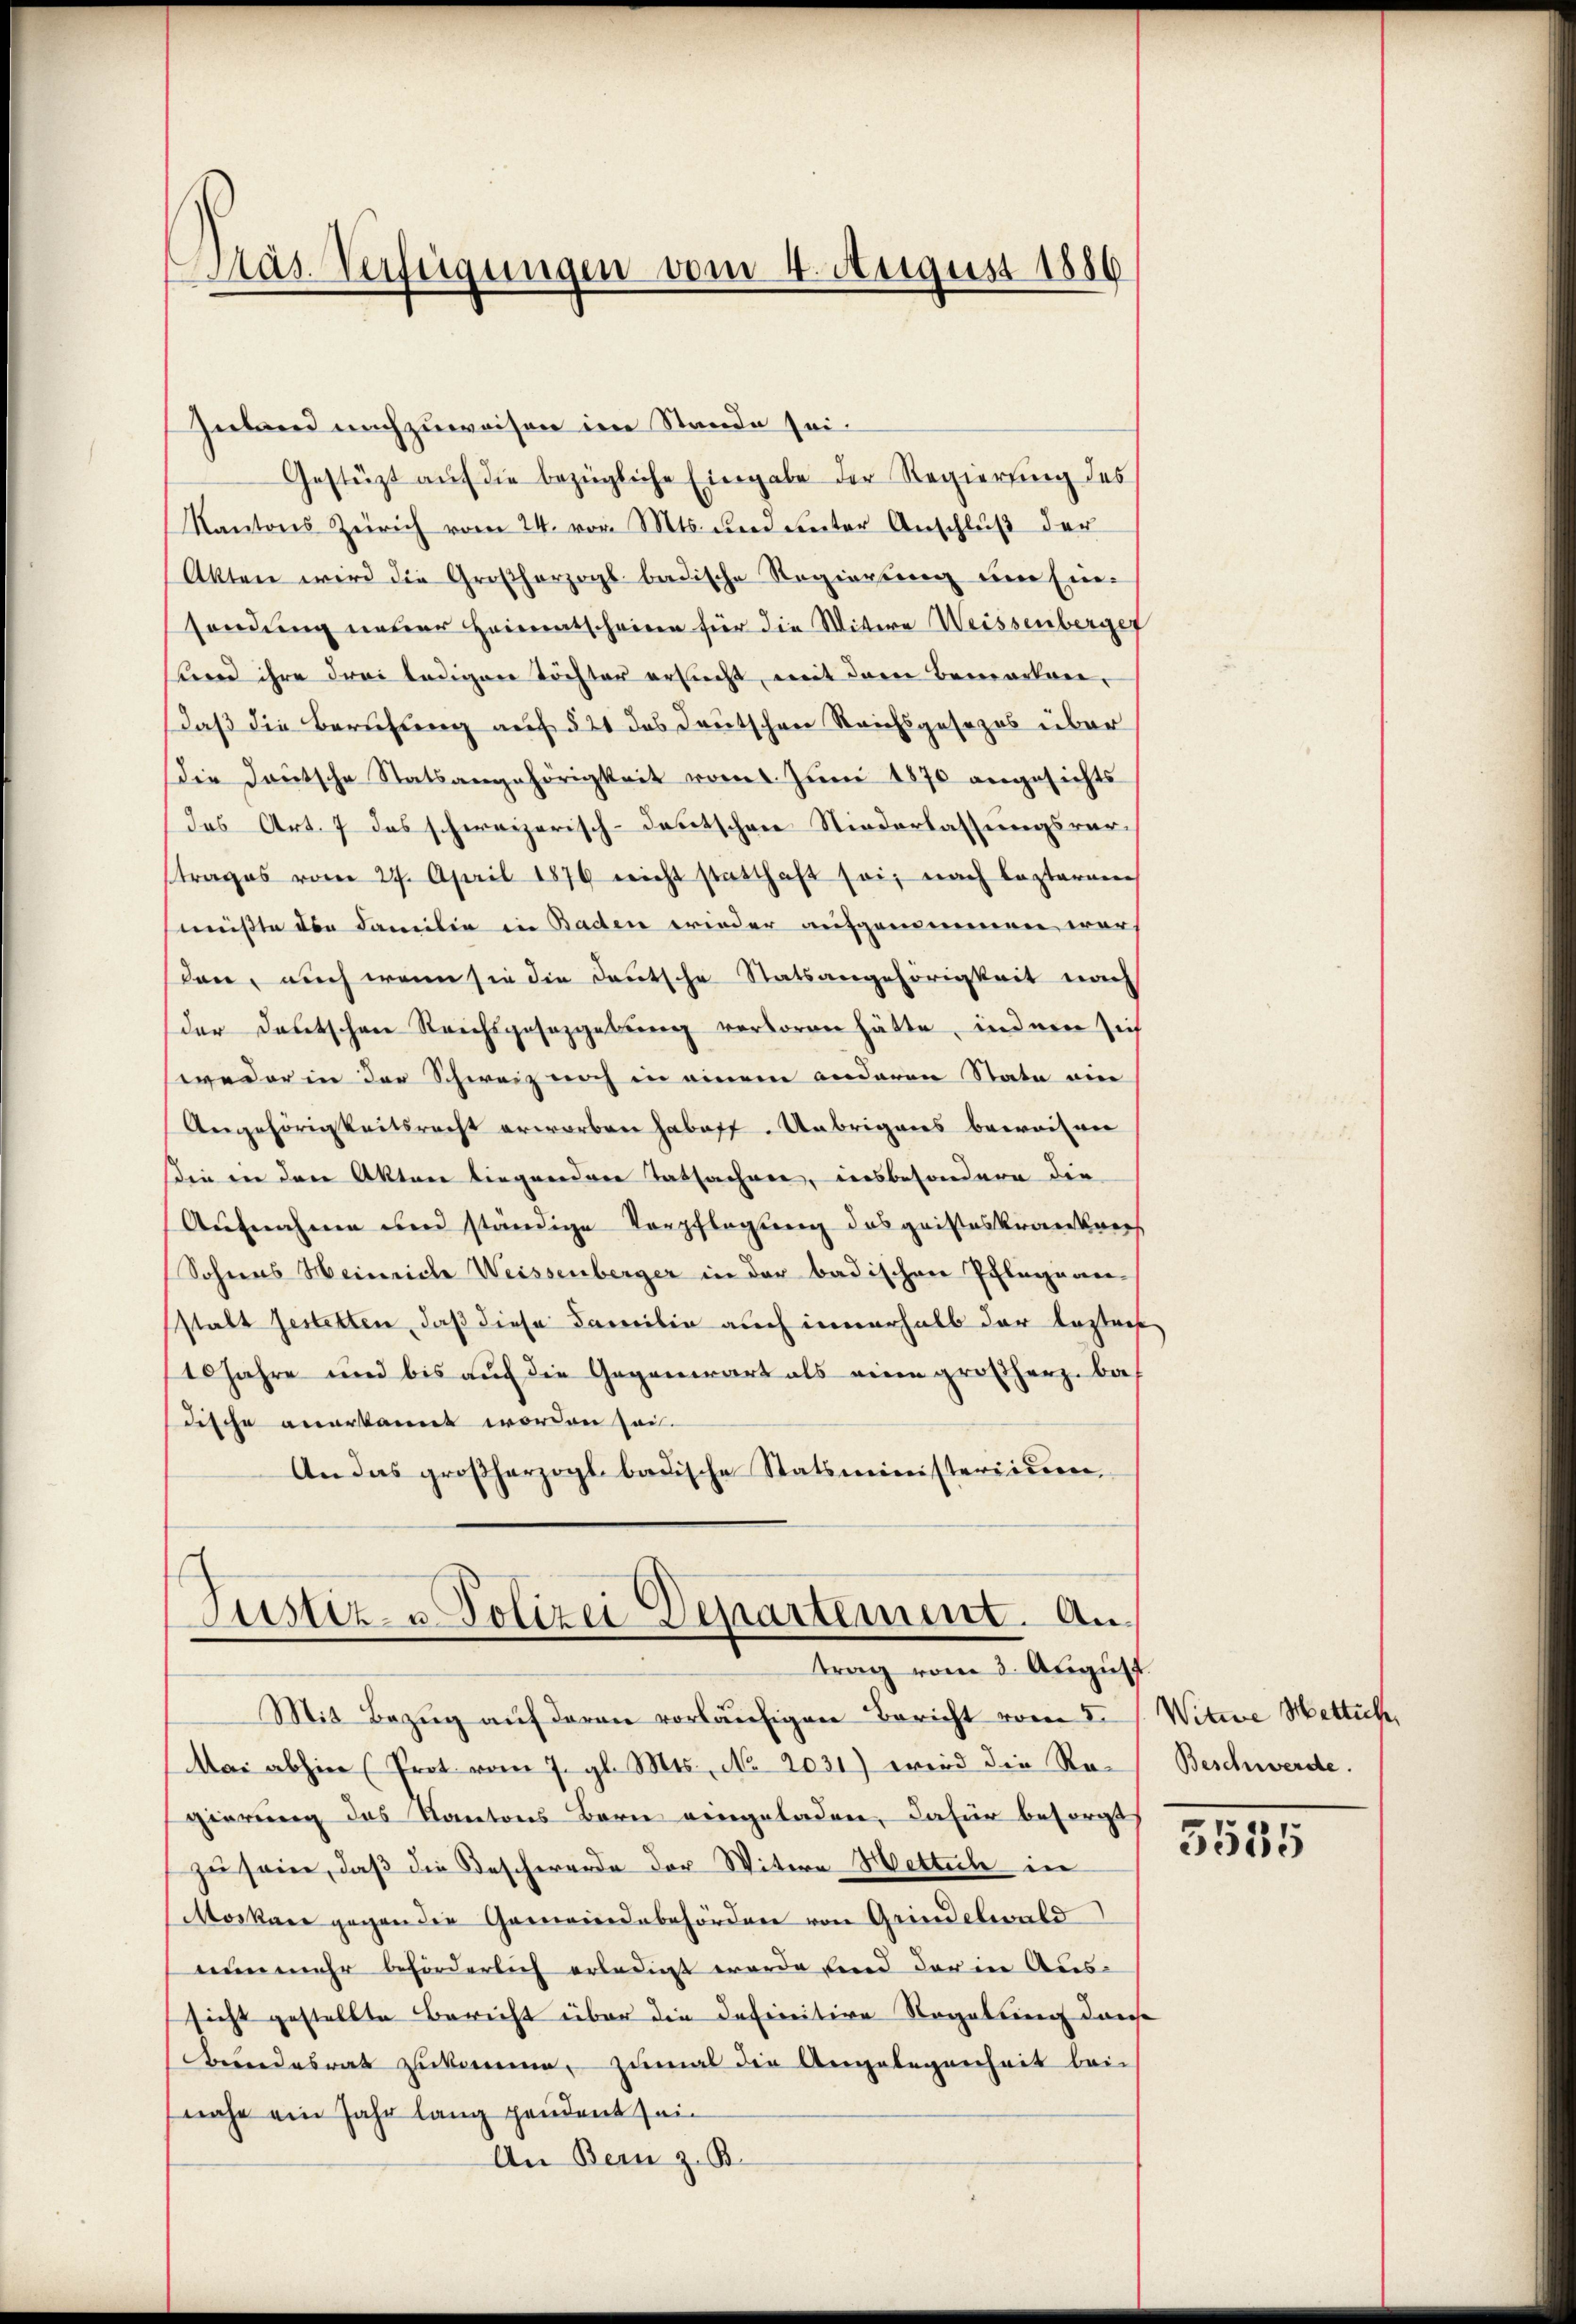
Mas-Verfügungen vom 4. August 1886

Inland nachzuweisen im Stande sei.
Gestützt auf die bezügliche Eingabe der Regierung des
Kantons Zürich vom 24. von Mts. und unter Anschlŭβ der
Akten wird die Großherzogs badische Regierung um Ein-
sendung neuer Heimatscheinen für die Wittere Weissenberger
uernd ihre drei ledigen Töchter ersucht, mit dem Bemerkendaß die Berufung auf § 21 das Deutschen Reichsgesezes über
Die Deutsche Statsangehörigkeit vom 1. Jŭni 1870 angesichts
das Art. 7 das schweizerisch-deutschen Niederlassungsrartrages vom 27. April 1876 nicht statthaft sei, nach lezteren
müßte der Familie in Baden wieder aufgenommen war
den, auch wenn sie die Deutsche Statsangehörigkeit nach
der Deutschen Reichsgesetzgebung verloren hätte, indem sich
weder in der Schweiz noch in einem anderen State ein
Angehörigkeitsrecht erworben haboff. Übrigens beweisen
Die in den Akten liegenden Tatsachen, insbesondere die
Aufnahme und ständige Verpflegung des geisteskrankners
Sohnes Heinriche Weissenberger in der badischen Pflegann-
stalt gestetten, daß diese Familie auch innerhalb der lostens
10 Jahre und bis auf die Gegenwart als eine großherz ba
dische anerkannt worden sei.
An das großherzogl. badische Statsministeriiren,

Justiz- u Polizei Departement. An
trag vom 3. August

Mit Bezug auf deren vorläufigen Bericht vom 5. J. Witwe Wettich,
Mai abhin (Prot vom 7. gl. Mts. No. 2031) wird die Regierung des Kantons Bern eingeladen, dafür besorgt
zu sein, daß die Beschwerde der Witern Mettel in
Moskane gegen die Gemeindebehörden von Grindelwald
nunmehr beförderlich erledigt werde und der in Aus-
sicht gestellte Bericht über die Definitive Regelung dans
bundesrat zukomme, zumal die Angelegenheit bei
nahe ein Jahr lang handent sei¬
An Bern z. B.

Beschwerde.

5535